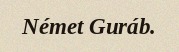
Német Guráb.